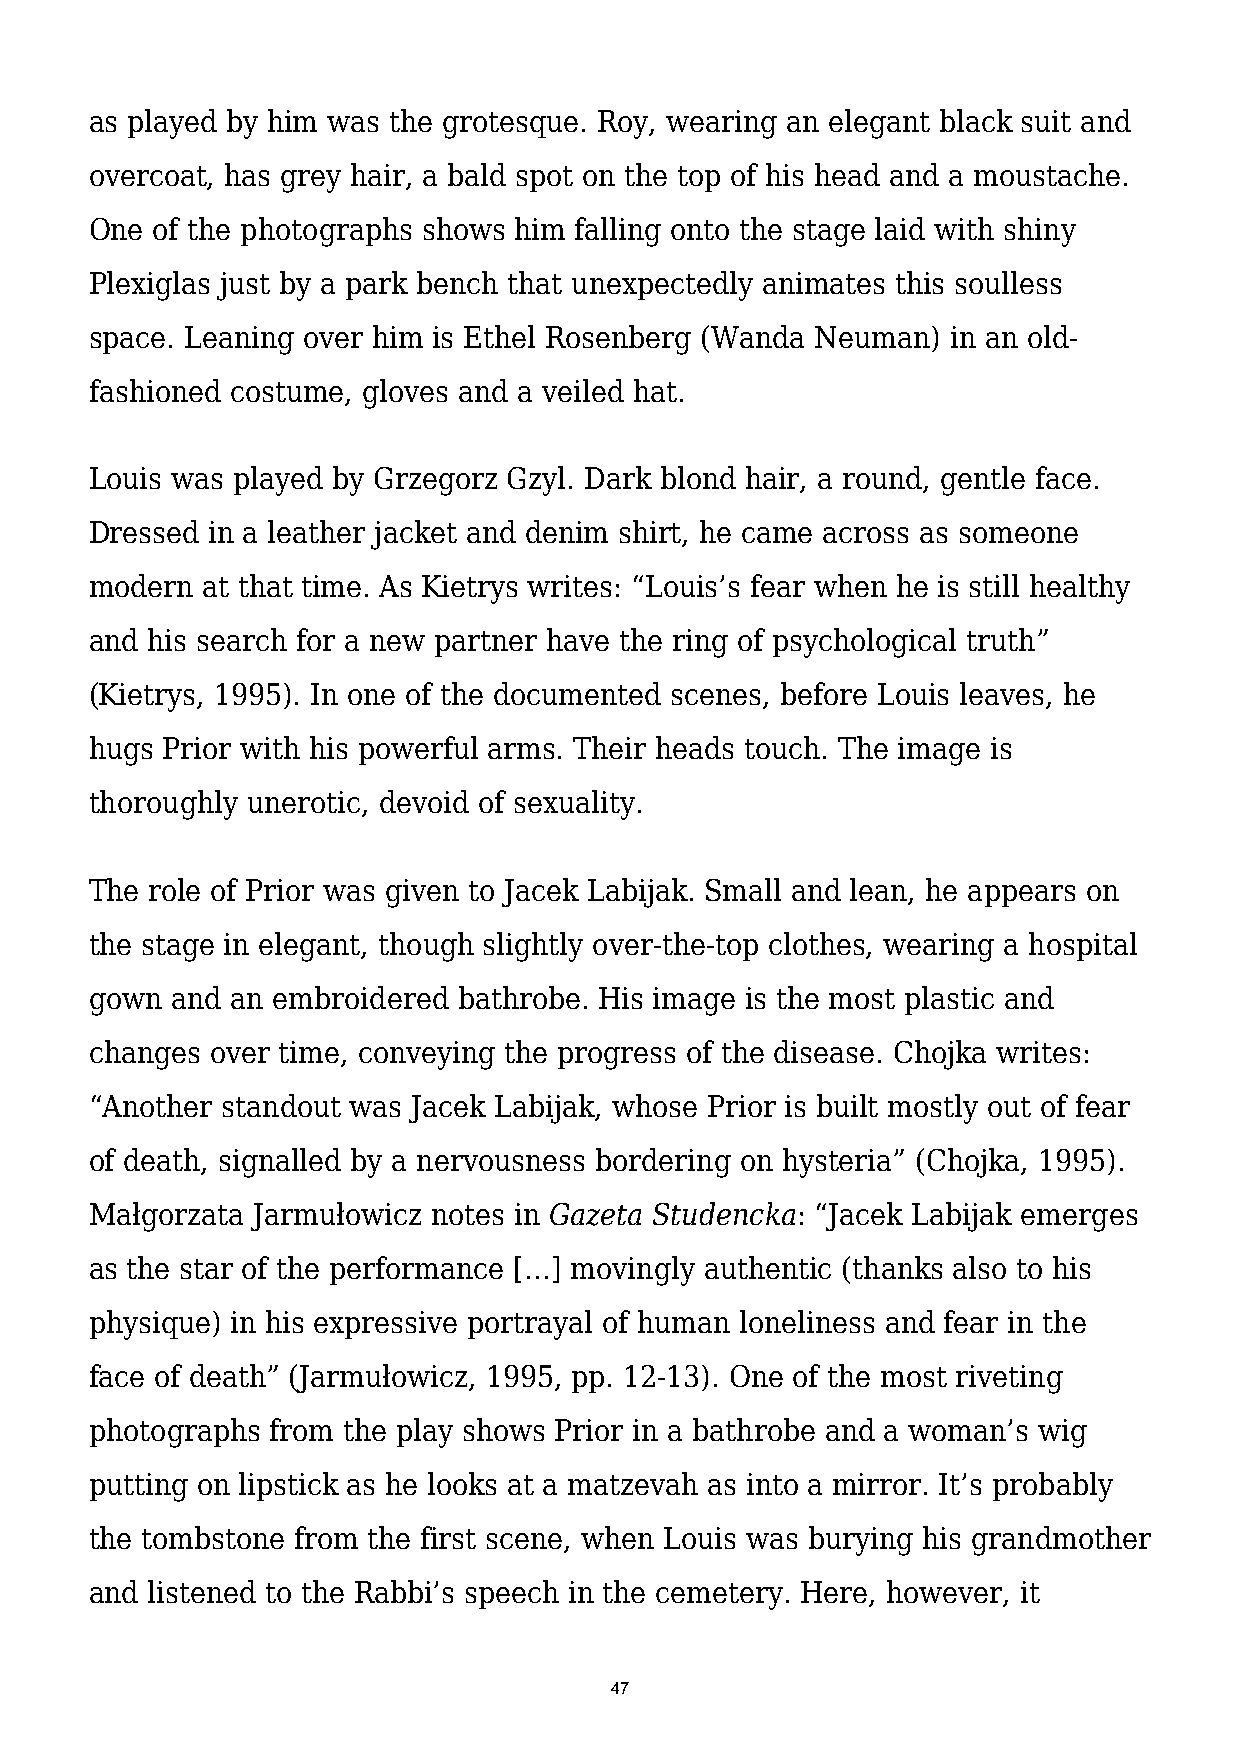
as played by him was the grotesque. Roy, wearing an elegant black suit and
 overcoat, has grey hair, a bald spot on the top of his head and a moustache.
 One of the photographs shows him falling onto the stage laid with shiny
 Plexiglas just by a park bench that unexpectedly animates this soulless
 space. Leaning over him is Ethel Rosenberg (Wanda Neuman) in an old-
 fashioned costume, gloves and a veiled hat.
 Louis was played by Grzegorz Gzyl. Dark blond hair, a round, gentle face.
 Dressed in a leather jacket and denim shirt, he came across as someone
 modern at that time. As Kietrys writes: “Louis’s fear when he is still healthy
 and his search for a new partner have the ring of psychological truth”
 (Kietrys, 1995). In one of the documented scenes, before Louis leaves, he
 hugs Prior with his powerful arms. Their heads touch. The image is
 thoroughly unerotic, devoid of sexuality.
 The role of Prior was given to Jacek Labijak. Small and lean, he appears on
 the stage in elegant, though slightly over-the-top clothes, wearing a hospital
 gown and an embroidered bathrobe. His image is the most plastic and
 changes over time, conveying the progress of the disease. Chojka writes:
 “Another standout was Jacek Labijak, whose Prior is built mostly out of fear
 of death, signalled by a nervousness bordering on hysteria” (Chojka, 1995).
 Małgorzata Jarmułowicz notes in Gazeta Studencka: “Jacek Labijak emerges
 as the star of the performance […] movingly authentic (thanks also to his
 physique) in his expressive portrayal of human loneliness and fear in the
 face of death” (Jarmułowicz, 1995, pp. 12-13). One of the most riveting
 photographs from the play shows Prior in a bathrobe and a woman’s wig
 putting on lipstick as he looks at a matzevah as into a mirror. It’s probably
 the tombstone from the first scene, when Louis was burying his grandmother
 and listened to the Rabbi’s speech in the cemetery. Here, however, it
 47